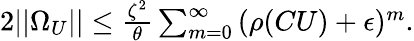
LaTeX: \begin{array}{r}{2||\Omega_{U}||\leq\frac{\zeta^{2}}{\theta}\sum_{m=0}^{\infty}{(\rho(CU)+\epsilon)^{m}}.}\end{array}